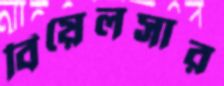
বিয়েলসার